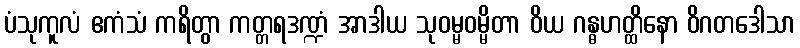
ပံသုကူလံ ဧကံသံ ကရိတွာ ကတ္တရဒဏ္ဍံ အာဒါယ သုဝမ္မဝမ္မိတာ ဝိယ ဂန္ဓဟတ္ထိနော ဝိဂတဒေါသာ